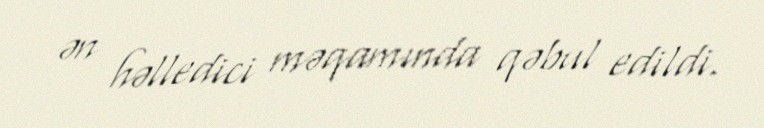
ən həlledici məqamında qəbul edildi.